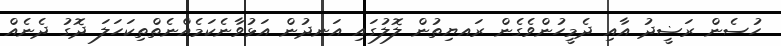
ހުސެން ރަޟީދު އާއި ދެމީހުންވެގެން ރައޔިތުން ލޮލުގައި އަނދުން އަޅުވާނެކަމެއްނެތްތިކަހަލަ ދޮގު ދެނެއް